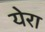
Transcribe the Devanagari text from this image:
येरा